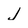
Character: j